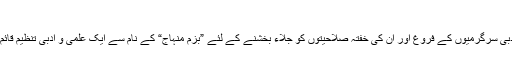
بزم منہاج - منہاج انسائیکلوپیڈیا
کالج آف شریعہ اینڈ اسلامک سائنسز میں طلبہ میں علمی و ادبی سرگرمیوں کے فروغ اور ان کی خفتہ صلاحیتوں کو جلاء بخشنے کے لئے ”بزم منہاج“ کے نام سے ایک علمی و ادبی تنظیم قائم ہے، جس میں اراکین کا چناؤ طلباء ہر سال خود کرتے ہیں۔